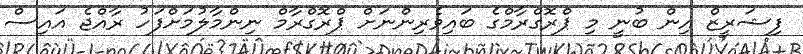
ފިޝަރީޒް އިން ބުނީ މި ޕްރޮގްރާމްގެ ބައިވެރިންނަށް ޕްރޮގްރާމް ނިންމާލުމަށްފަހު ރާއްޖެ އައިސް